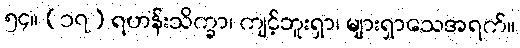
၅၄။ (၁၇) ရဟန်းသိက္ခာ၊ ကျင့်ဘူးရှာ၊ များရှာသေအရက်။